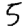
Digit: 5